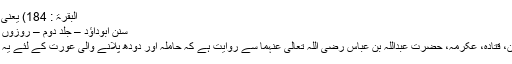
البقرۃ : 184) یعنی جو لوگ باوجود……
سنن ابوداؤد – جلد دوم – روزوں کا بیان – حدیث 553
موسی بن اسماعیل، ابان، قتادہ، عکرمہ، حضرت عبداللہ بن عباس رضی اللہ تعالیٰ عنہما سے روایت ہے کہ حاملہ اور دودھ پلانے والی عورت کے لئے یہ حکم اب بھی باقی ہے۔